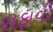
સફાવી